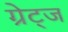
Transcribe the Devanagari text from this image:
ग्रेट्ज